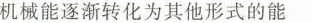
机械能逐渐转化为其他形式的能